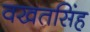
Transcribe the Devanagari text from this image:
वखतसिंह